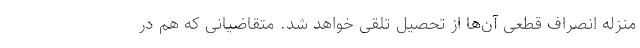
منزله انصراف قطعی آن‌ها از تحصیل تلقی خواهد شد. متقاضیانی که هم در